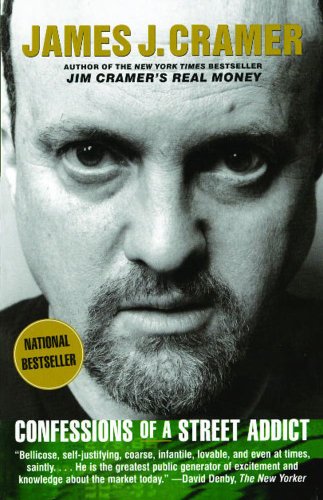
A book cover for Confessions of a Street Addict; James J. Cramer; Biographies & Memoirs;